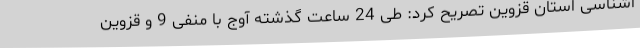
اشناسی استان قزوین تصریح کرد: طی 24 ساعت گذشته آوج با منفی 9 و قزوین